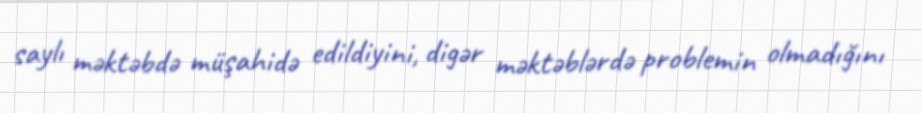
saylı məktəbdə müşahidə edildiyini, digər məktəblərdə problemin olmadığını